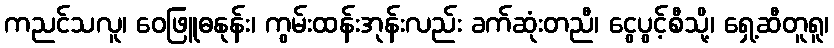
ကညင်သလူ၊ ဝေဖြူဓနုန်း၊ ကွမ်းထန်းအုန်းလည်း ခက်ဆုံးတညီ၊ ငွေပွင့်စီသို့၊ ရှေ့ဆီတူရူ၊